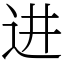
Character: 进